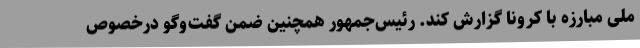
ملی مبارزه با کرونا گزارش کند. رئیس‌جمهور همچنین ضمن گفت‌وگو درخصوص